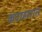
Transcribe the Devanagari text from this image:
कंदाहारात